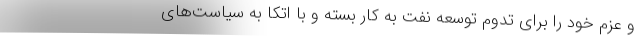
و عزم خود را برای تدوم توسعه نفت به کار بسته و با اتکا به سیاست‌های